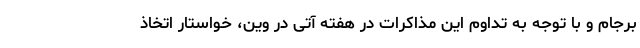
برجام و با توجه به تداوم این مذاکرات در هفته آتی در وین، خواستار اتخاذ